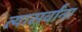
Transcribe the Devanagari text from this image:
त्यासर्वांना